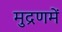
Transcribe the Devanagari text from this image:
मुद्रणमें